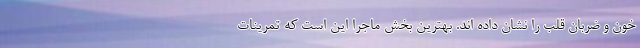
خون و ضربان قلب را نشان داده اند. بهترین بخش ماجرا این است که تمرینات